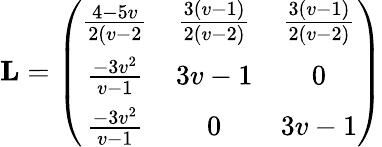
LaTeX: \mathbf{L}=\left(\begin{array}{ccc}{\frac{4-5v}{2(v-2}}&{\frac{3(v-1)}{2(v-2)}}&{\frac{3(v-1)}{2(v-2)}}\\ {\frac{-3v^{2}}{v-1}}&{3v-1}&{0}\\ {\frac{-3v^{2}}{v-1}}&{0}&{3v-1}\end{array}\right)